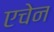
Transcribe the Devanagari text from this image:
एचेन